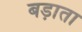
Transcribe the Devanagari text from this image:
बड़ाता